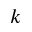
k